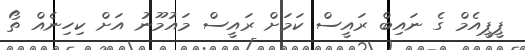
ޕީޕީއެމް ގެ ނައިބް ރައީސް ކަމަށް ރައީސް މައުމޫނު އަށް ކިހިނެއް ތޯ